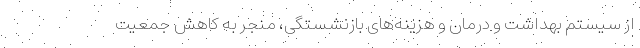
از سیستم بهداشت و درمان و هزینه‌های بازنشستگی، منجر به کاهش جمعیت